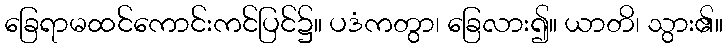
ခြေရာမထင်ကောင်းကင်ပြင်၌။ ပဒံကတွာ၊ ခြေလား၍။ ယာတိ၊ သွား၏။